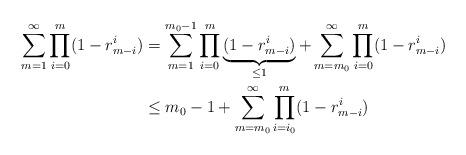
LaTeX: \begin{align*}\sum_{m=1}^\infty\prod_{i=0}^m(1-r_{m-i}^i)&=\sum_{m=1}^{m_0-1}\prod_{i=0}^m\underbrace{(1-r_{m-i}^i)}_{\leq 1}+\sum_{m=m_0}^{\infty}\prod_{i=0}^m(1-r_{m-i}^i)\\&\leq m_0-1+\sum_{m=m_0}^\infty\prod_{i=i_0}^m(1-r_{m-i}^i)\end{align*}